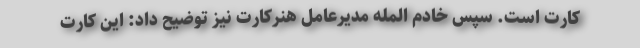
کارت است. سپس خادم المله مدیرعامل هنرکارت نیز توضیح داد: این کارت